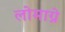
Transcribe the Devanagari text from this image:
लोमाग्ने